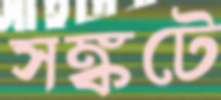
সঙ্কটে